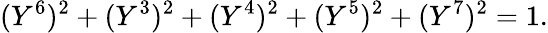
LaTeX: (Y^{6})^{2}+(Y^{3})^{2}+(Y^{4})^{2}+(Y^{5})^{2}+(Y^{7})^{2}=1.